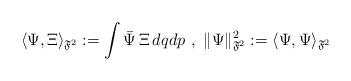
LaTeX: \begin{align*}\langle \Psi,\Xi\rangle_{\mathfrak{F}^2}:=\int \bar \Psi\,\Xi \, dqdp \ , \ \|\Psi\|_{\mathfrak{F}^2}^2:=\langle\Psi,\Psi\rangle_{\mathfrak{F}^2}\end{align*}